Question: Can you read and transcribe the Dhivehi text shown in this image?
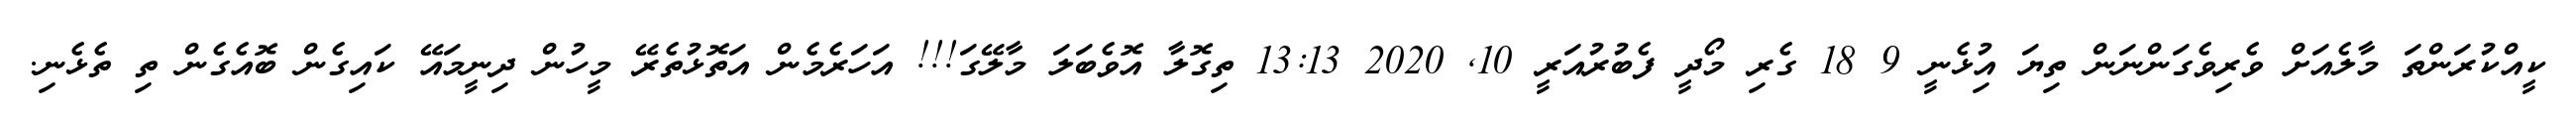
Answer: ކީއްކުރަންތަ މާލެއަށް ވެރިވެގަންނަން ތިޔަ އިުޅެނީ 9 18 ގެރި މޯދީ ފެބުރުއަރީ 10, 2020 13:13 ތިގޮލާ އޮވެބަލަ މާލޭގަ!!! އަހަރެމެން އަތޮޅުތެރޭ މީހުން ދިނީމައޭ ކައިގެން ބޮއެގެން ތި ތެޅެނި.